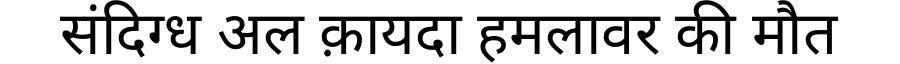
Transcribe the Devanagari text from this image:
संदिग्ध अल क़ायदा हमलावर की मौत